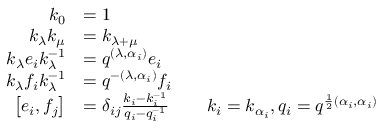
{ \begin{array} { r l r l } { k _ { 0 } } & { = 1 } \\ { k _ { \lambda } k _ { \mu } } & { = k _ { \lambda + \mu } } \\ { k _ { \lambda } e _ { i } k _ { \lambda } ^ { - 1 } } & { = q ^ { ( \lambda , \alpha _ { i } ) } e _ { i } } \\ { k _ { \lambda } f _ { i } k _ { \lambda } ^ { - 1 } } & { = q ^ { - ( \lambda , \alpha _ { i } ) } f _ { i } } \\ { \left[ e _ { i } , f _ { j } \right] } & { = \delta _ { i j } { \frac { k _ { i } - k _ { i } ^ { - 1 } } { q _ { i } - q _ { i } ^ { - 1 } } } } & & { k _ { i } = k _ { \alpha _ { i } } , q _ { i } = q ^ { { \frac { 1 } { 2 } } ( \alpha _ { i } , \alpha _ { i } ) } } \end{array} }